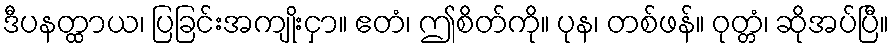
ဒီပနတ္ထာယ၊ ပြခြင်းအကျိုးငှာ။ ဧတံ၊ ဤစိတ်ကို။ ပုန၊ တစ်ဖန်။ ဝုတ္တံ၊ ဆိုအပ်ပြီ။